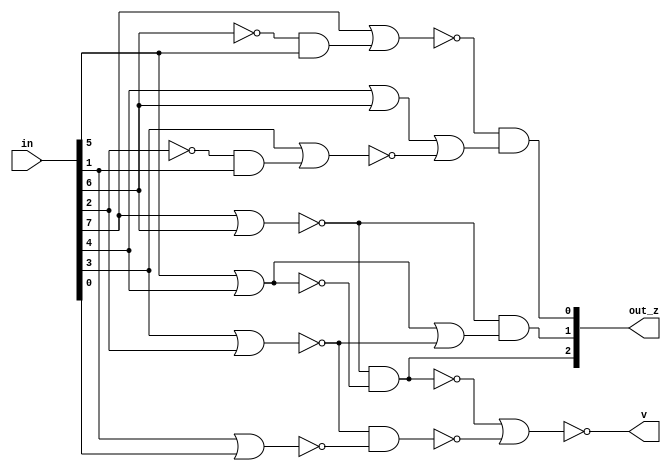
/*
@INPROCEEDINGS{8355536,
  author={Miao, Jia and Li, Shuguo},
  booktitle={2017 IEEE International Symposium on Consumer Electronics (ISCE)},
  title={A design for high speed leading-zero counter},
  year={2017},
  volume={},
  number={},
  pages={22-23},
  doi={10.1109/ISCE.2017.8355536}
} */

module lzc_miao_8 (
  input [7:0] in,
  output wire [2:0] out_z,
  output wire v
  );
  wire q1, q2, q3, q4, q5, q6, q7;
  wire g1, g2, g3, g4;

  assign q1 = !(in[7] | in[6]);
  assign q2 = !(in[7] | (!in[6] & in[5]));
  assign q3 = !(in[5] | in[4]);
  assign q4 = in[4] | in[6];
  assign q5 = !(in[3] | in[2]);
  assign q6 = !(in[3] | (!in[2] & in[1]));
  assign q7 = !(in[1] | in[0]);

  assign g1 = q1 & q3;
  assign g2 = q1 & (!q3 | q5);
  assign g3 = q2 & (q4 | q6);
  assign g4 = q5 & q7;

  assign out_z[0] = g3;
  assign out_z[1] = g2;
  assign out_z[2] = g1;
  assign v = !(!g1 | !g4);
endmodule

module lzc_miao_16 (
  input [15:0] in,
  output wire [3:0] out_z,
  output wire v
  );
  wire [2:0] zh, zl;
  wire vh, vl, temp_v;
  lzc_miao_8 lzc_8_h (.in (in[15:8]), .out_z (zh), .v (vh));
  lzc_miao_8 lzc_8_l (.in (in[7:0]), .out_z (zl), .v (vl));

  assign out_z[0] = (zh[0] & (!vh | zl[0]));
  assign out_z[1] = (zh[1] & (!vh | zl[1]));
  assign out_z[2] = (zh[2] & (!vh | zl[2]));
  assign out_z[3] = vh;
  assign v = vh & vl;
endmodule